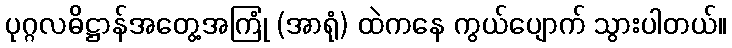
ပုဂ္ဂလဓိဋ္ဌာန်အတွေ့အကြုံ (အာရုံ) ထဲကနေ ကွယ်ပျောက် သွားပါတယ်။